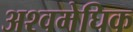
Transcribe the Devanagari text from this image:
अश्वमेघिक